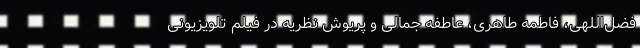
فضل‌اللهی، فاطمه طاهری، عاطفه جمالی و پریوش نظریه در فیلم تلویزیونی